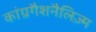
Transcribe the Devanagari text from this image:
कांग्रगैशनैलिज़्म